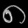
Digit: ၈